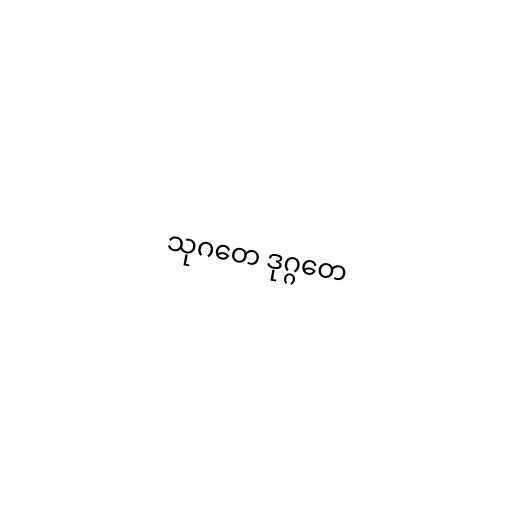
သုဂတေ ဒုဂ္ဂတေ